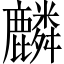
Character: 麟